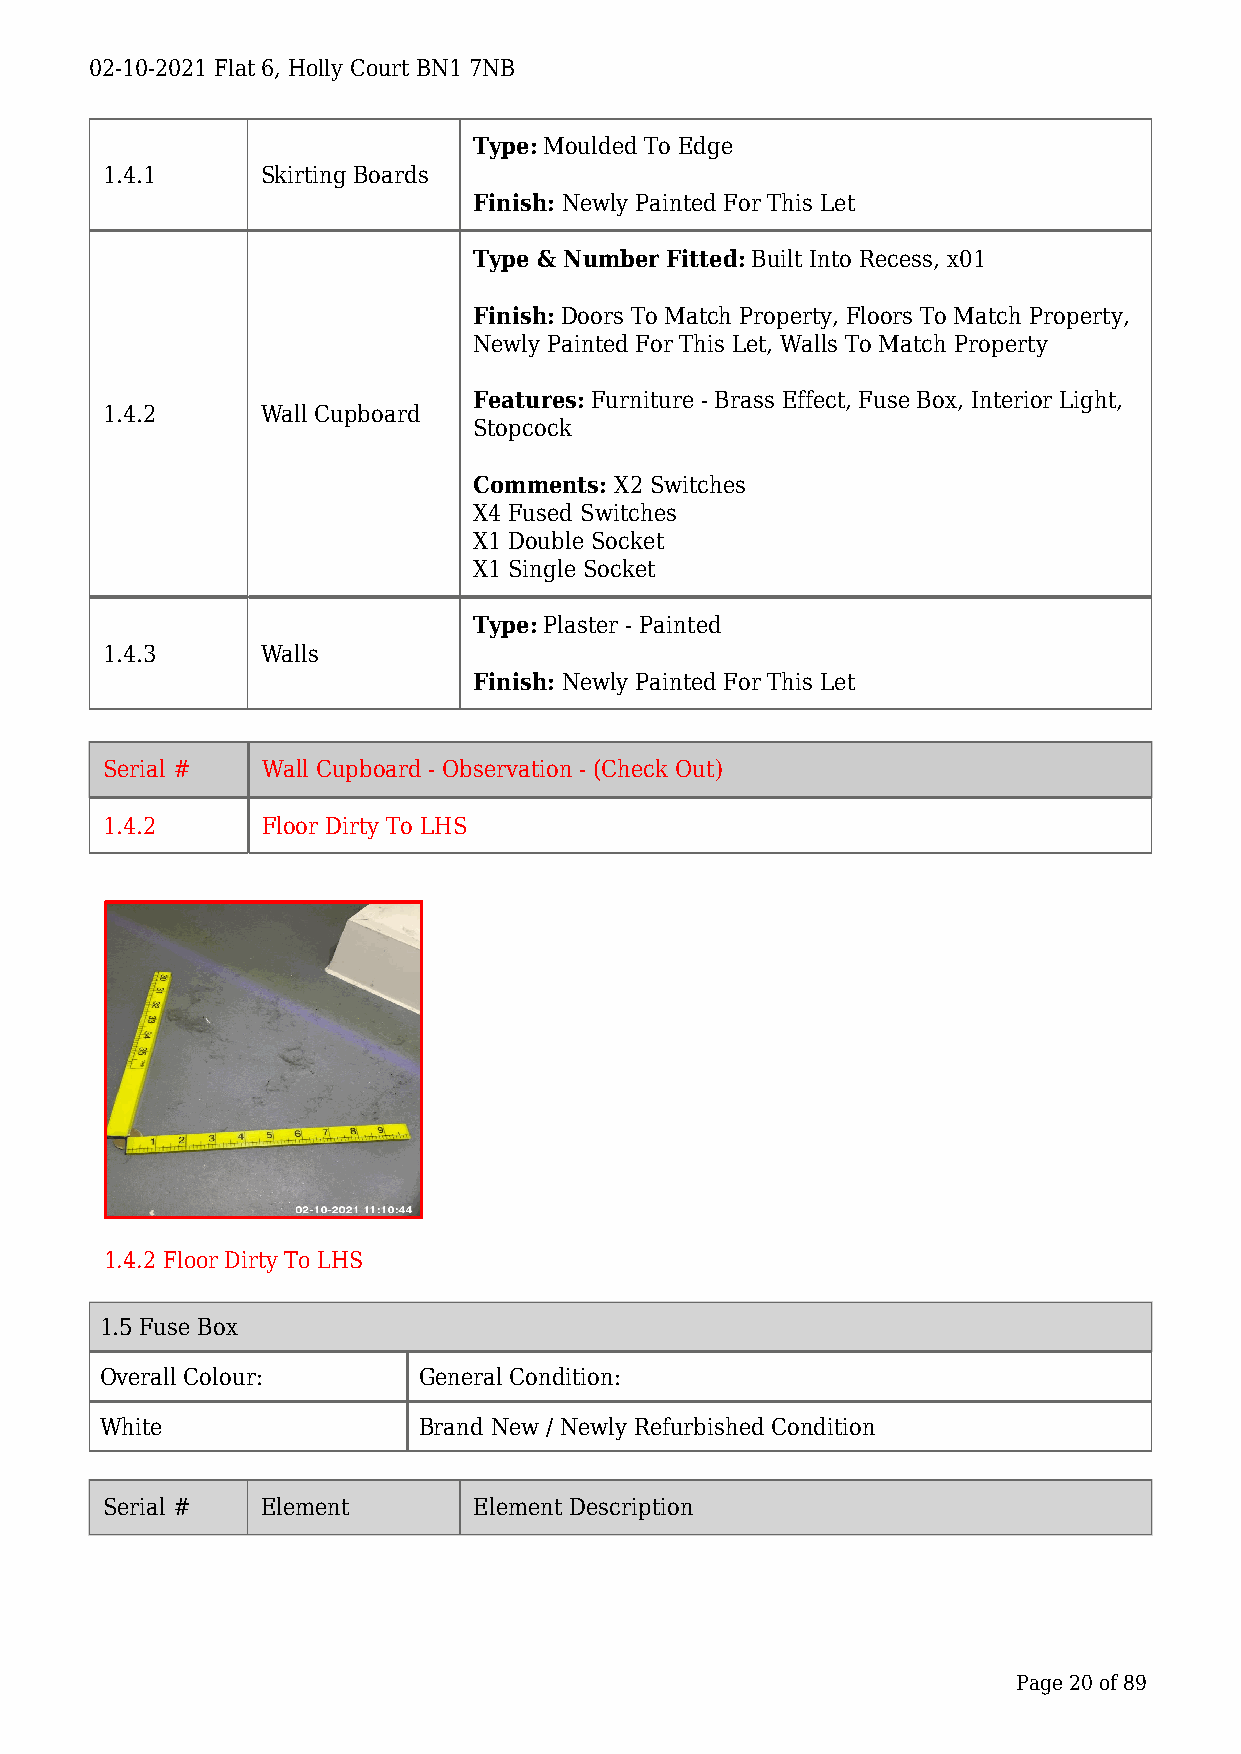
02-10-2021 Flat 6, Holly Court BN1 7NB
 Type: Moulded To Edge
 1.4.1     Skirting Boards
 Finish: Newly Painted For This Let
 Type & Number Fitted: Built Into Recess, x01
 Finish: Doors To Match Property, Floors To Match Property,
 Newly Painted For This Let, Walls To Match Property
 Features: Furniture - Brass Effect, Fuse Box, Interior Light,
 1.4.2     Wall Cupboard
 Stopcock
 Comments: X2 Switches
 X4 Fused Switches
 X1 Double Socket
 X1 Single Socket
 Type: Plaster - Painted
 1.4.3     Walls
 Finish: Newly Painted For This Let
 Serial #  Wall Cupboard - Observation - (Check Out)
 1.4.2     Floor Dirty To LHS
 1.4.2 Floor Dirty To LHS
 1.5 Fuse Box
 Overall Colour:      General Condition:
 White                Brand New / Newly Refurbished Condition
 Serial #  Element       Element Description
 Page 20 of 89